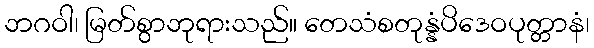
ဘဂဝါ၊ မြတ်စွာဘုရားသည်။ တေသံစတုန္နံပိဒေဝပုတ္တာနံ၊